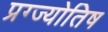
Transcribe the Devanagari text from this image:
प्रग्ज्योतिष